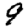
Digit: 9